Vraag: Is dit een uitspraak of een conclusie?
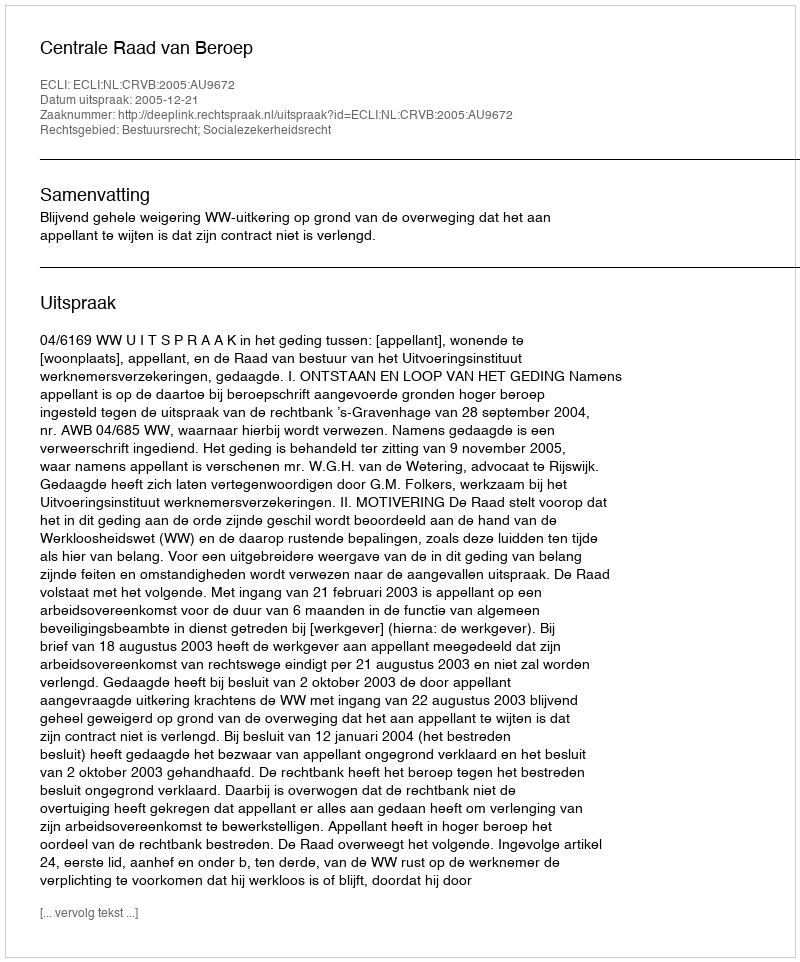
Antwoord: Uitspraak